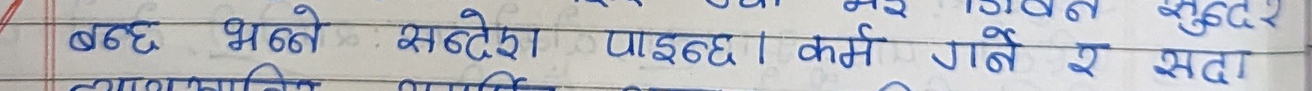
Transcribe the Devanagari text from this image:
बढ भन्ने संदेश पाइन्छ। कर्म गर्ने र सदा